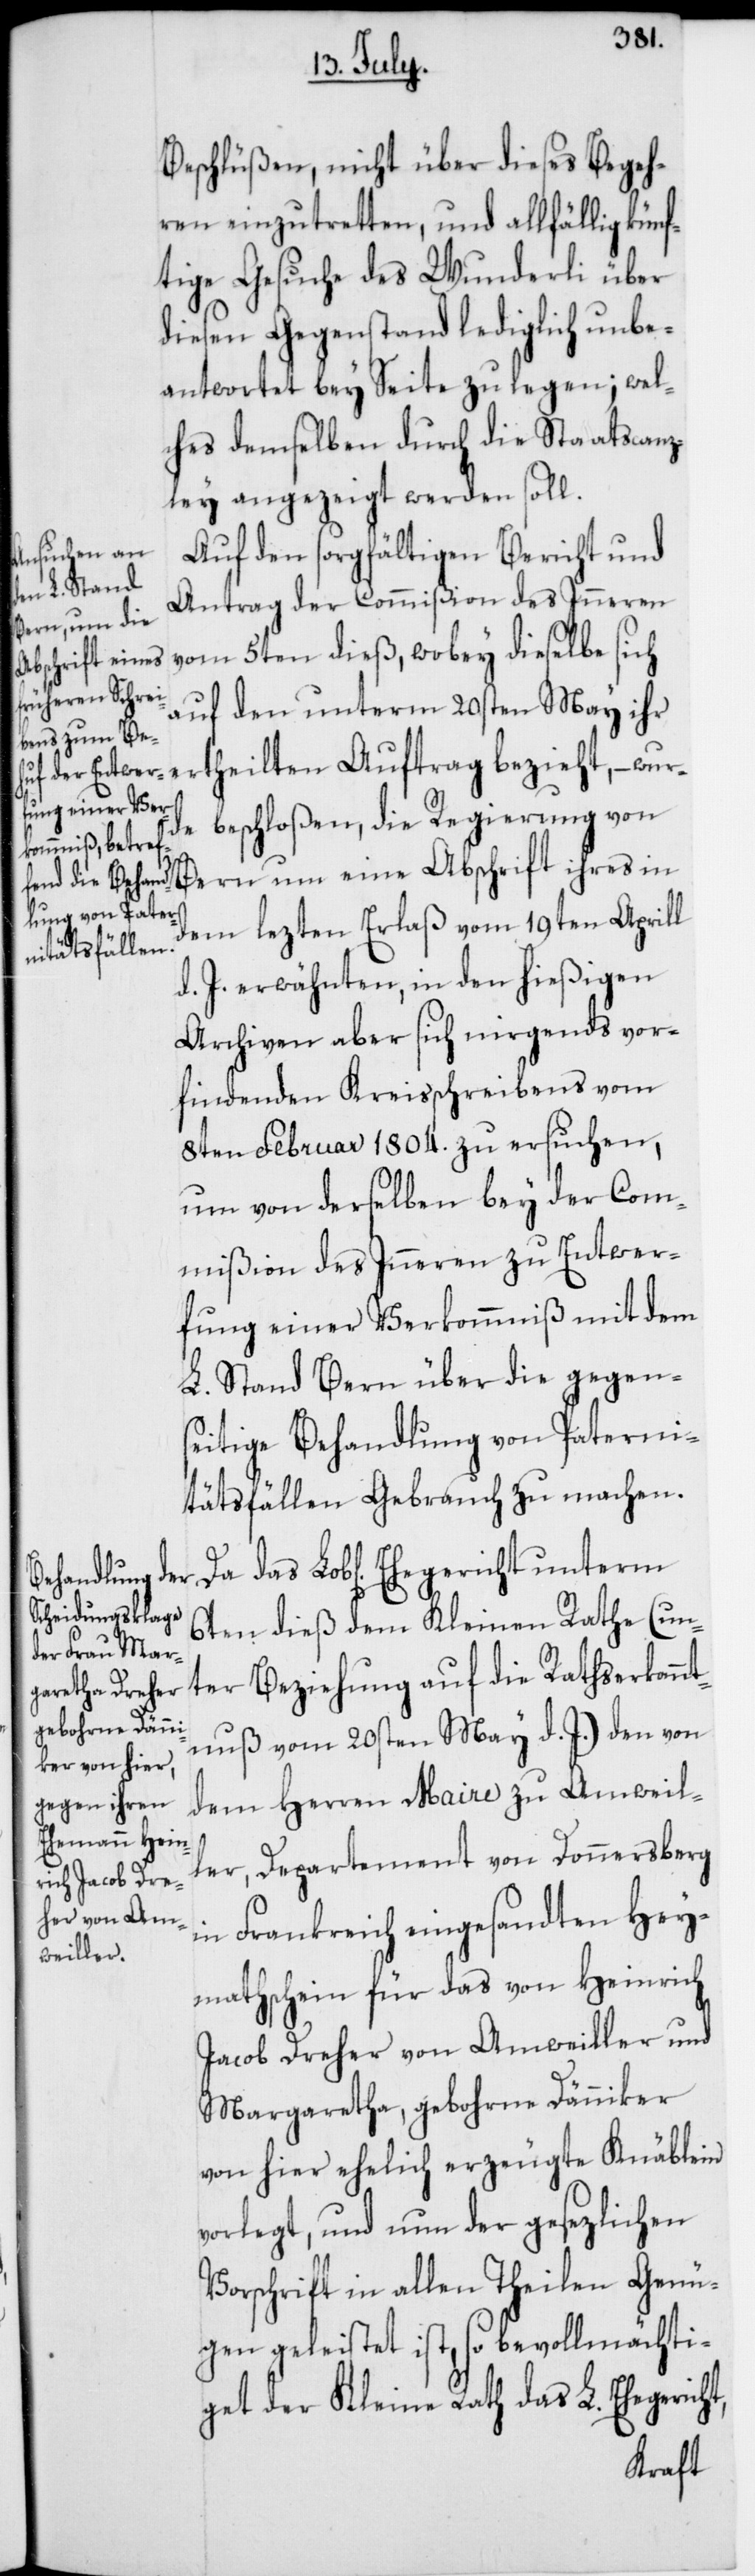
Beschlüßen, nicht über dieses Begeh¬
ren einzutretten, und allfällig künf¬
tige Gesuche des Wunderli über
diesen Gegenstand lediglich unbe¬
antwortet beyseite zu legen; wel¬
ches demselben durch die Staatscanz¬
ley angezeigt werden soll.
Auf den sorgfältigen Bericht und
Antrag der Commißion des Inneren
vom 5ten dieß, wobey dieselbe sich
auf den unterm 20sten May ihr
rtheilten Auftrag bezieht, – wur¬
beschloßen, die Regierung von
t,
Bern um eine Abschrift ihres in
dem lezten Erlaß vom 19ten Aprill
d. J. erwähnten, in den hießigen
Archiven aber sich nirgends vor¬
findenden Kreisschreibens vom
8ten Februar 1804. zu ersuchen,
um von derselben bey der Com¬
mißion des Inneren zu Entwer¬
fung einer Verkommniß mit dem
L. Stand Bern über die gegens¬
eitige Behandlung von Paterni¬
tätsfällen Gebrauch zu machen.
6ten dieß dem Kleinen Rathe (un¬
ter Beziehung auf die Rathserkann¬
tnuß vom 20sten May d. J.) den von
dem Herren Maire zu Amweil¬
ler, Departement von Donnersberg
in Frankreich eingesandten Hey¬
mathschein für das von Heinrich
Jacob Dreher von Amweiller und
Margaretha, gebohrne Dänniker
von hier, ehelich erzeugte Knäblein
vorlegt, und nun der gesetzlichen
Vorschrift in allen Theilen Genü¬
gen geleistet ist, so bevollmächti¬
get der Kleine Rath das L. Ehegerich¬